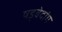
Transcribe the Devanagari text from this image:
षड्वेदांग